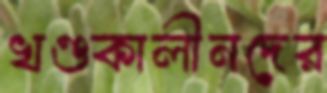
খণ্ডকালীনদের